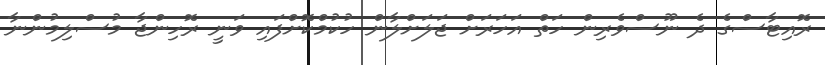
ރޮއިޓާސްގެ ދެ ނޫސްވެރިން ހަތް އަހަރަށް ޖަލަށްލާން ހުކުމްކޮށްފައި ވަނީ ރޮހިންޖާ މުސްލިމުންނާ